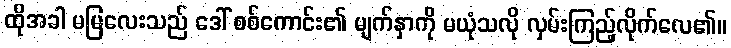
ထိုအခါ မမြလေးသည် ဒေါ် စစ်ကောင်း၏ မျက်နှာကို မယုံသလို လှမ်းကြည့်လိုက်လေ၏။